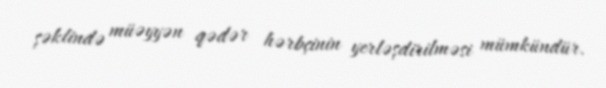
şəklində müəyyən qədər hərbçinin yerləşdirilməsi mümkündür.